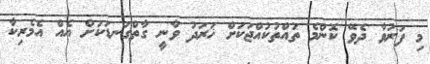
މި ފަރުވާ ދެވޭ ކޮންމެ ތުއްތުކުއްޖަކަށް ޚަރަދު ވާނީ ގާތްގަނޑަކަށް އެއް އެމެރިކާ